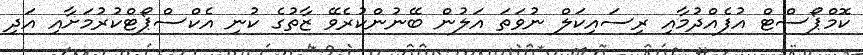
ކޮމްޕޯސްޓް އުފެއްދުމާއި ރިސައިކަލް ނުވަތަ އަލުން ބޭނުންކުރެވޭ ޒާތުގެ ކުނި އެކްސްޕޯޓްކުރުމަށާއި އަދި